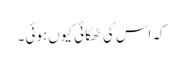
کہ اس کی ٹھکائی کیوں ہوئی ۔